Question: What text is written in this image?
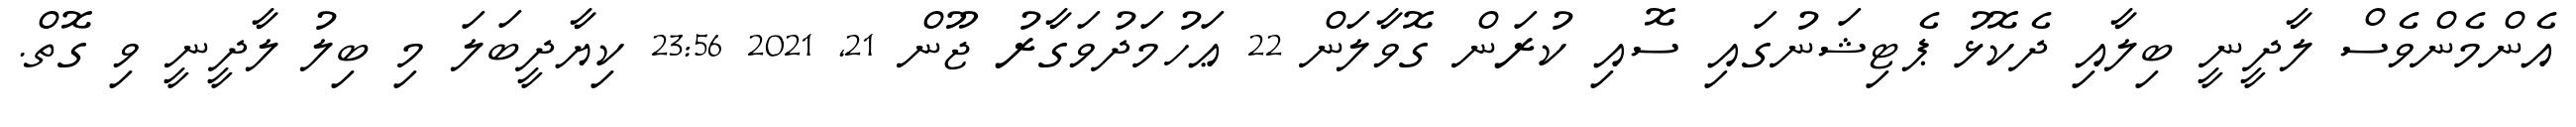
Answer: އެންމެންވެސް ލާދީނީ ބިލާއި ދެކޮޅު ޕެޓިޝަނުގައި ސޮއި ކުރަން ގޮވާލަން 22 ޢަހުމަދުވަގާރު ޖޫން 21, 2021 23:56 ކިޔާދީބަލަ މި ބިލު ލާދީނީ ވި ގޮތް.